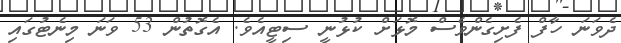
ދެވަނަ ހާފް ފެށިގެންވެސް މޮޅަށް ކުޅުނީ ސިޓީއެވެ. އެގޮތުން 53 ވަނަ މިނެޓުގައި